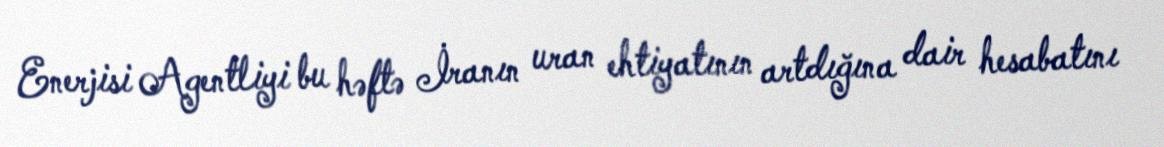
Enerjisi Agentliyi bu həftə İranın uran ehtiyatının artdığına dair hesabatını